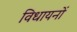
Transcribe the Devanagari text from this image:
विधायनों